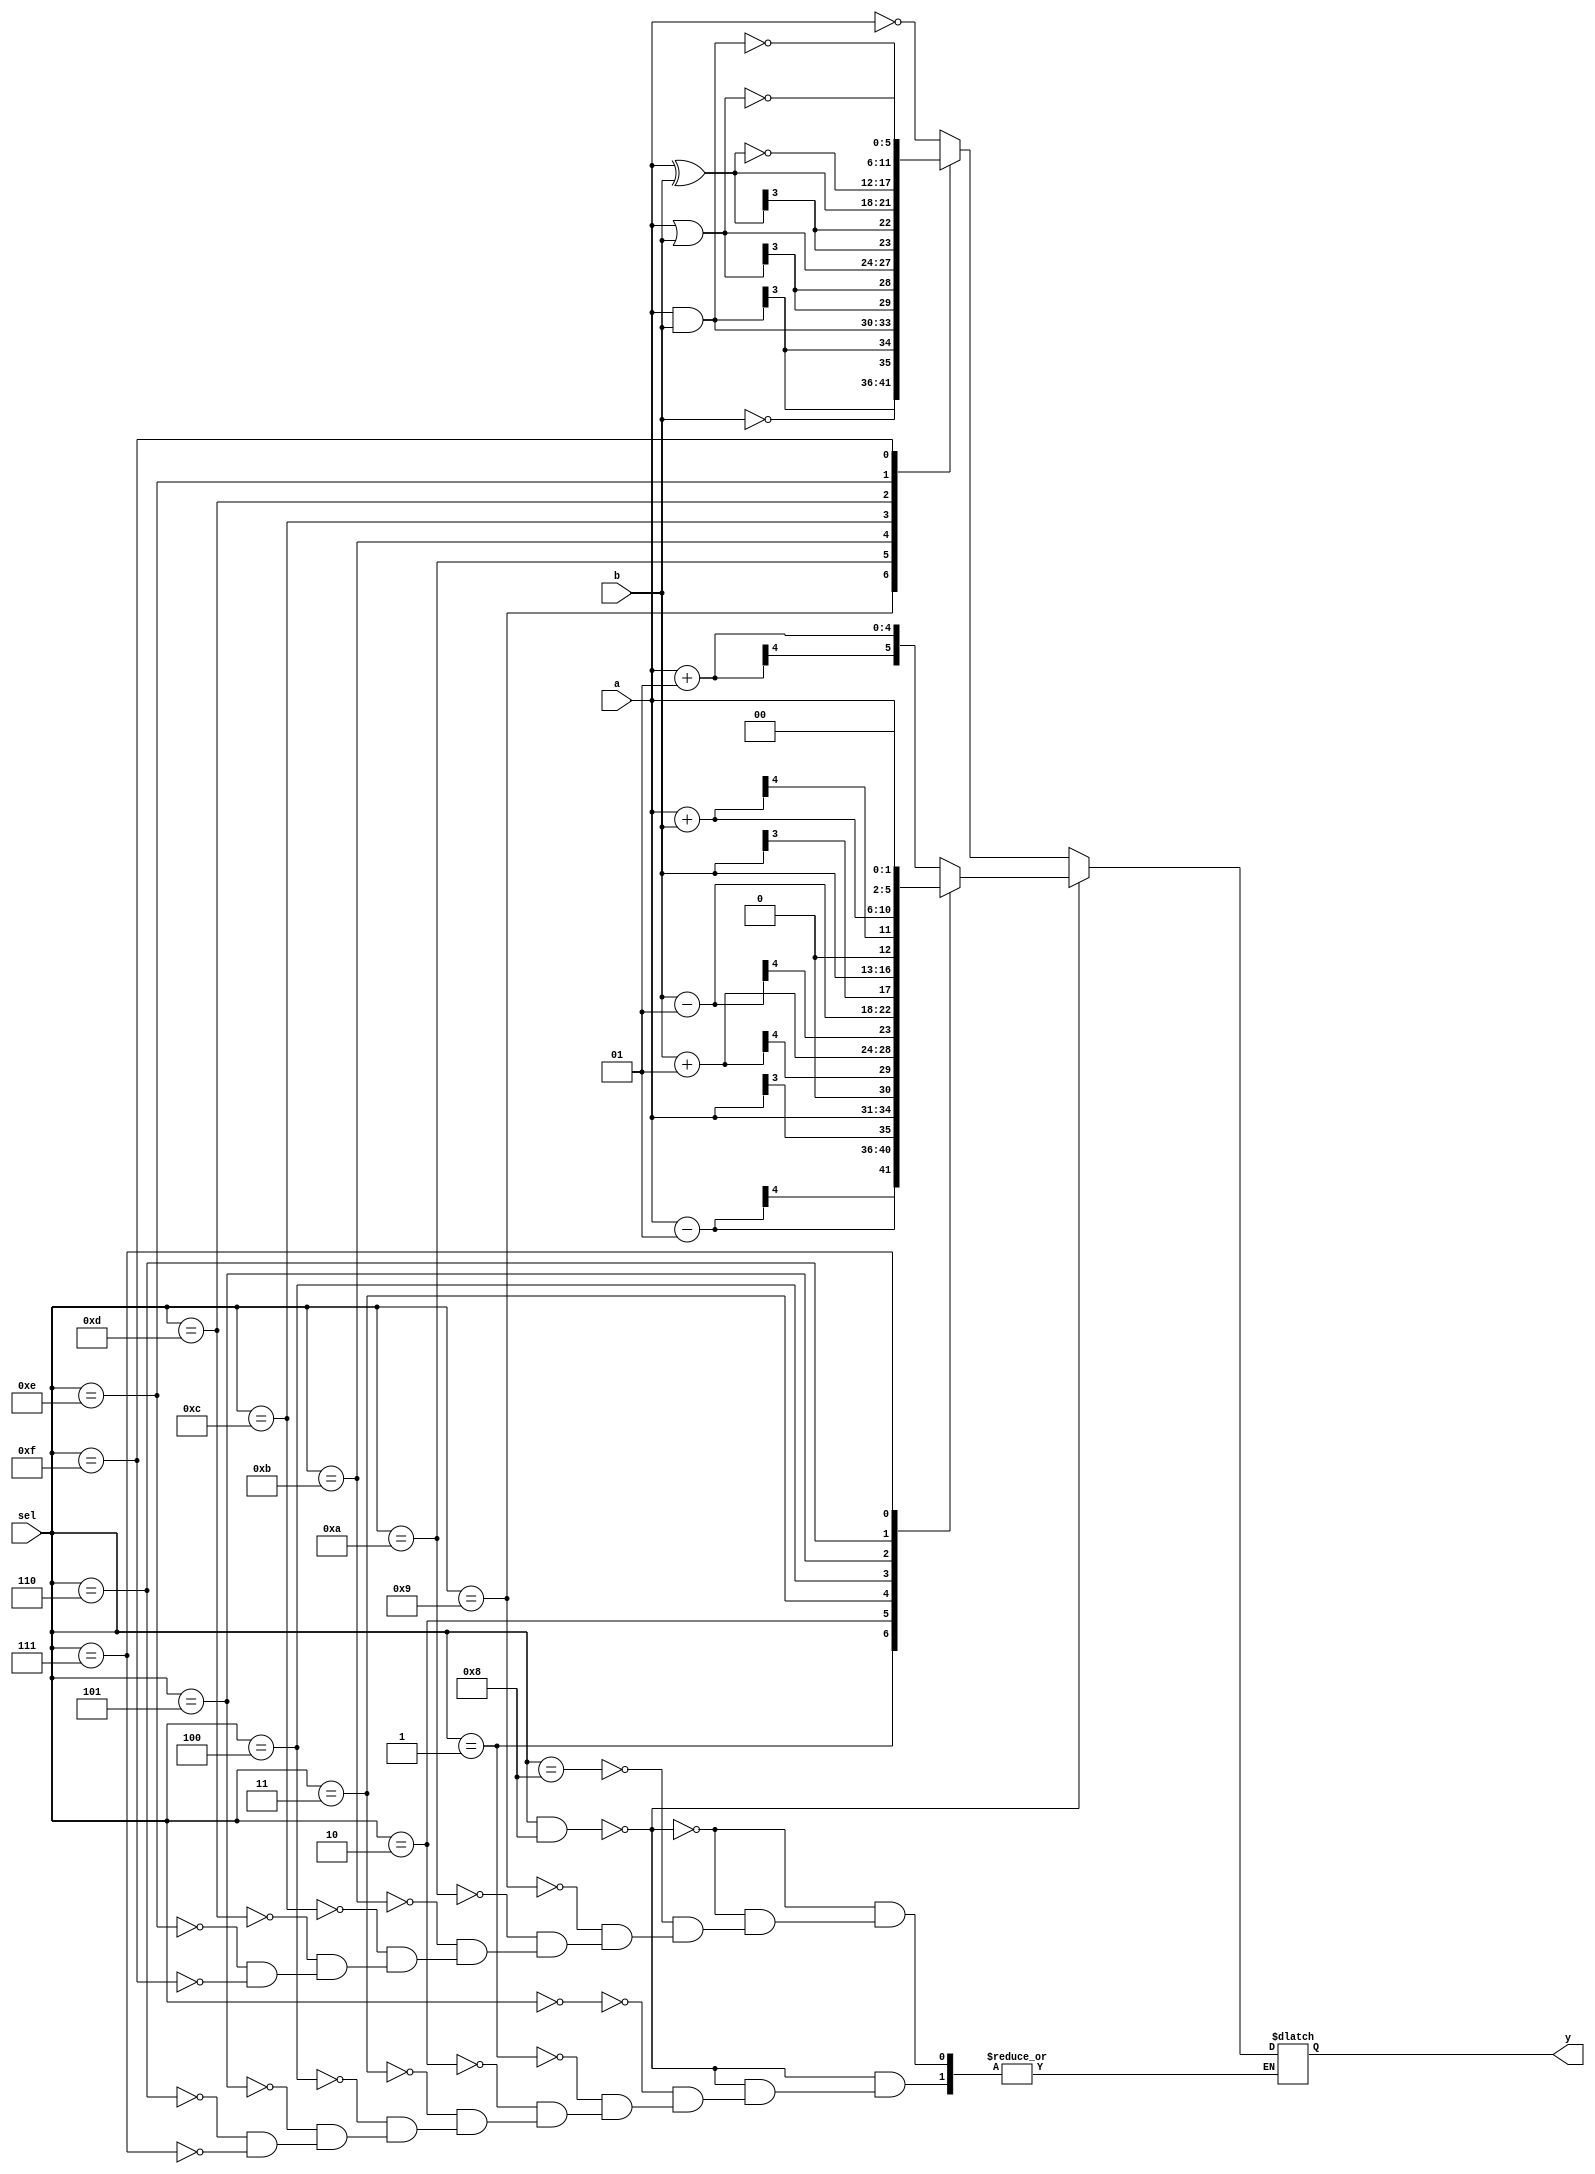
module alu(a,b,sel,y);
input signed [3:0] a;
input signed[3:0] b;
input [3:0] sel;
output reg  [5:0] y;


always @(*) begin
    if((sel &  4'b1000) == 4'b0000) begin
        case(sel)
        4'b0000: y = a + 1;
        4'b0001: y =a - 1;
        4'b0010: y = a << 1;
        4'b0011: y = b + 1;
        4'b0100: y = b- 1;
        4'b0101: y = b << 1;
        4'b0110: y = a + b;
        4'b0111: y = a << 2;
        default:;
        endcase
    end
    else begin
        case (sel)
        4'b1000: y = ~a;
        4'b1001: y = ~b;
        4'b1010: y = a & b;
        4'b1011: y = a | b;
        4'b1100: y = a ^ b;
        4'b1101: y = ~(a ^ b);
        4'b1110: y = ~(a & b);
        4'b1111: y = ~(a | b);
        default:;
        endcase
    end
end
endmodule